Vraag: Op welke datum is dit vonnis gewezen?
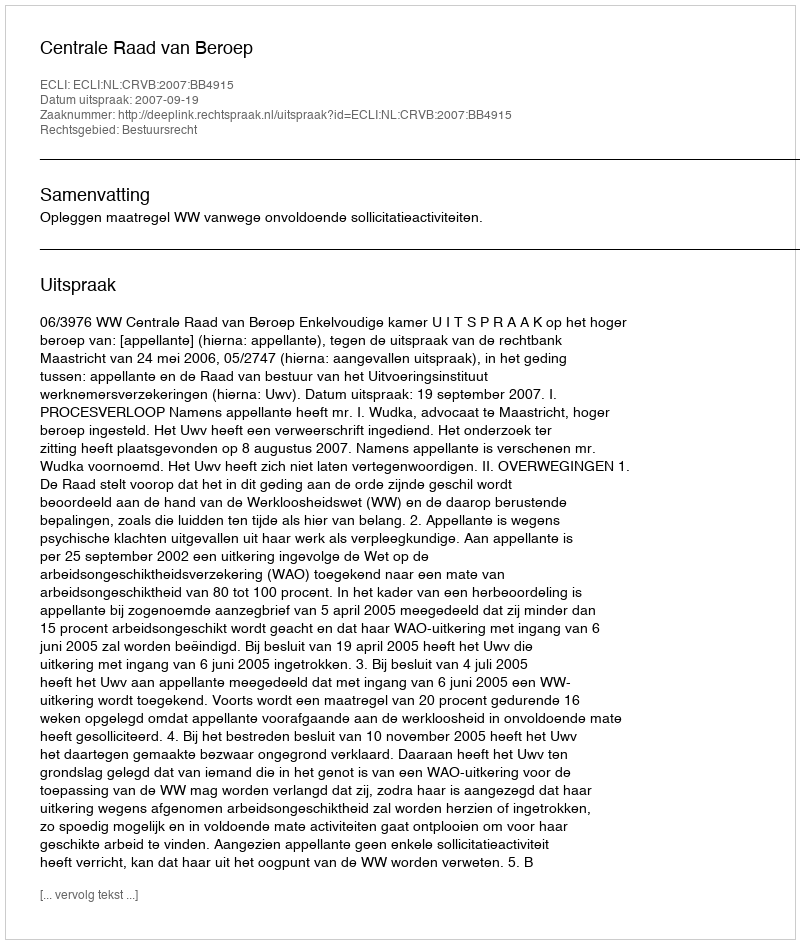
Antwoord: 2007-09-19